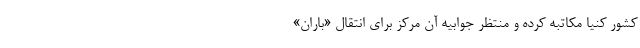
کشور کنیا مکاتبه کرده‌ و منتظر جوابیه آن مرکز برای انتقال «باران»